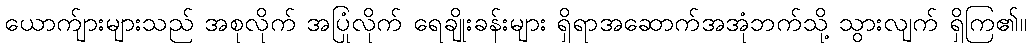
ယောက်ျားများသည် အစုလိုက် အပြုံလိုက် ရေချိုးခန်းများ ရှိရာအဆောက်အအုံဘက်သို့ သွားလျက် ရှိကြ၏။